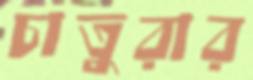
চাতুরার